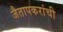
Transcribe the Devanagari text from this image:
जैतापकरांची